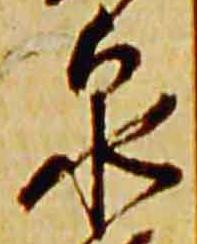
泉